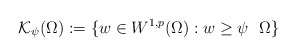
\begin{align*}\mathcal{K}_{\psi}(\Omega) := \{ w \in W^{1,p}(\Omega) : w \geq \psi \ \ \Omega \}\end{align*}